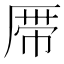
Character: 𱑞